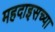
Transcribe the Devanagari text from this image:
महदाइसच्या